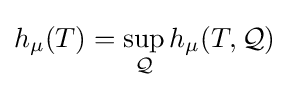
h_{\mu }(T)=\sup _{\mathcal {Q}}h_{\mu }(T,{\mathcal {Q}})